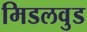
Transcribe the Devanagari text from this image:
मिडलवुड